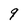
Character: 9